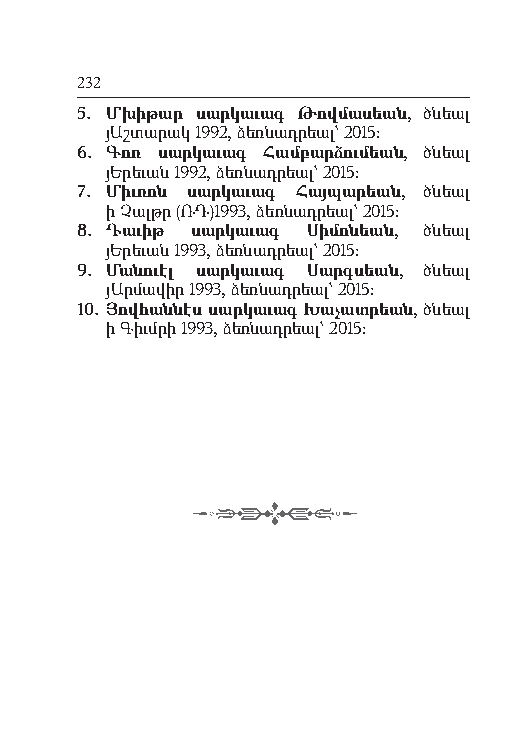
232
 5. Մխիթար սարկաւագ Թովմասեան, ծնեալ
 յԱշտարակ 1992, ձեռնադրեալ` 2015:
 6. Գոռ սարկաւագ Համբարձումեան, ծնեալ
 յԵրեւան 1992, ձեռնադրեալ` 2015:
 7. Միւռոն սարկաւագ Հայպարեան, ծնեալ
 ի Չալթր (ՌԴ)1993, ձեռնադրեալ` 2015:
 8. Դաւիթ սարկաւագ Սիմոնեան, ծնեալ
 յԵրեւան 1993, ձեռնադրեալ` 2015:
 9. Մանուէլ սարկաւագ Սարգսեան, ծնեալ
 յԱրմավիր 1993, ձեռնադրեալ` 2015:
 10. Յովհաննէս սարկաւագ Խաչատրեան, ծնեալ
 ի Գիւմրի 1993, ձեռնադրեալ` 2015: